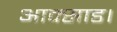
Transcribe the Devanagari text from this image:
आक्साड।